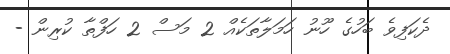
ދެކަފިވެ ބަހުގެ ހޫނު ހަމަލާތަކެއް 2 މަސް 2 ހަފްތާ ކުރިން -